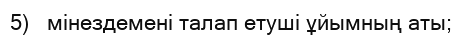
5)   мінездемені талап етуші ұйымның аты;